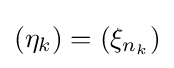
(\eta _{k})=(\xi _{n_{k}})